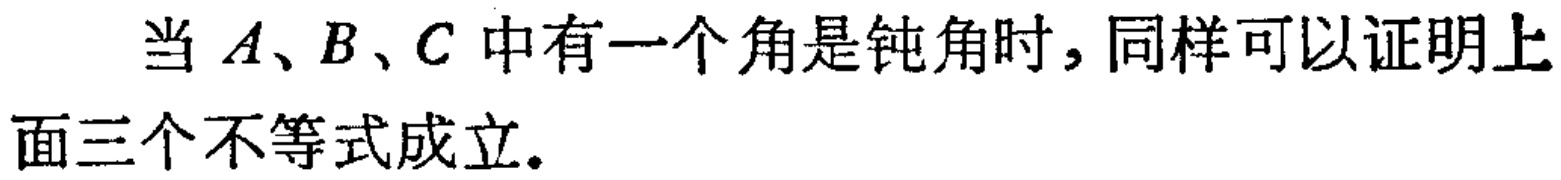
当 \(A、B、C\) 中有一个角是钝角时，同样可以证明上面三个不等式成立。